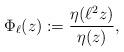
LaTeX: \begin{align*} \Phi_{\ell}(z):=\frac{\eta(\ell^2z)}{\eta(z)}, \end{align*}